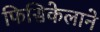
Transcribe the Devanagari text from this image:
फिसिकेलाने